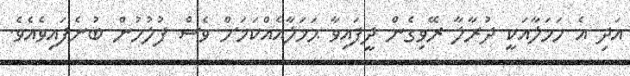
އަދި އެ ހަމަލާއަކީ ދުރާލާ ރޭވިގެން ދީފައިވާ ޙަމަލާއެއްކަމަށް ވެސް ފުލުހުން ބުނެފައިވެއެވެ.